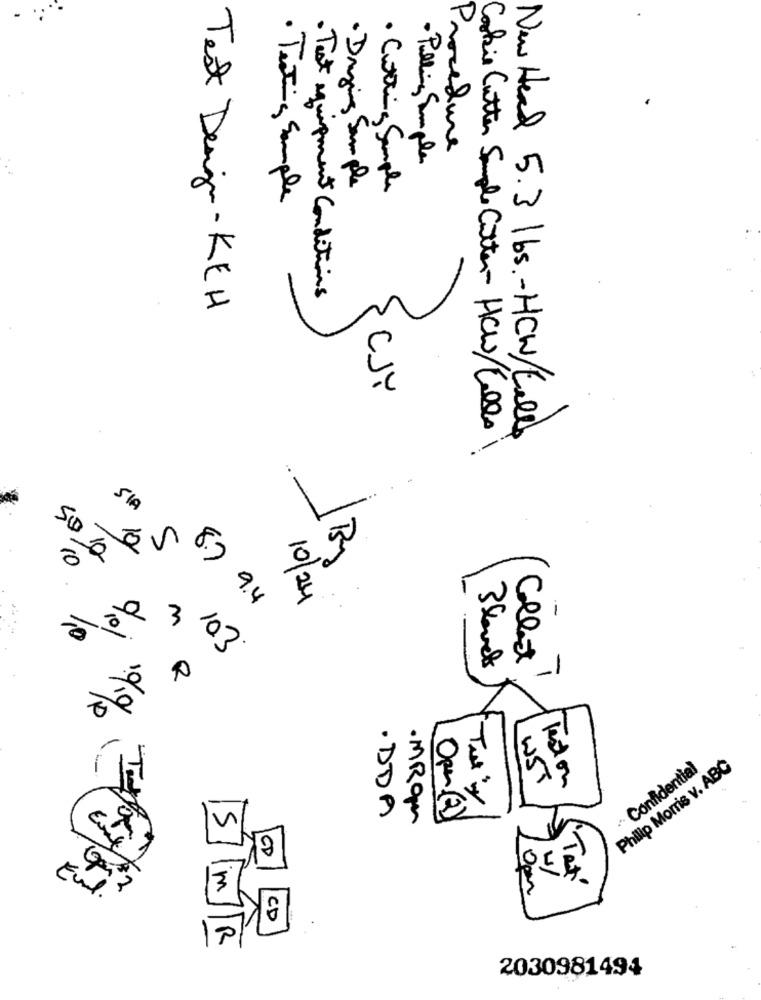
Procedure
· Pulling Simple
· Drying Sample
· Cutting Sample
· Texting Sample
· Test equipment Conditions
Test Design- KEH
CJY
New Head 5.3 l bs. - HCW/ tell
Cokie Cutter Sample Cotter- HCW/Calls
SIA
10
-
1B
50 0
10
10/24
8.7 9.4
m
10
/10/
103
Collect
/P
Philip Morris v. ABC
Confidential
WST
leston
Tut'y
5
· DDA
· MRqu
Opr (2)
Eur
Tat
2
m
El.
CD
10
R
2030981494